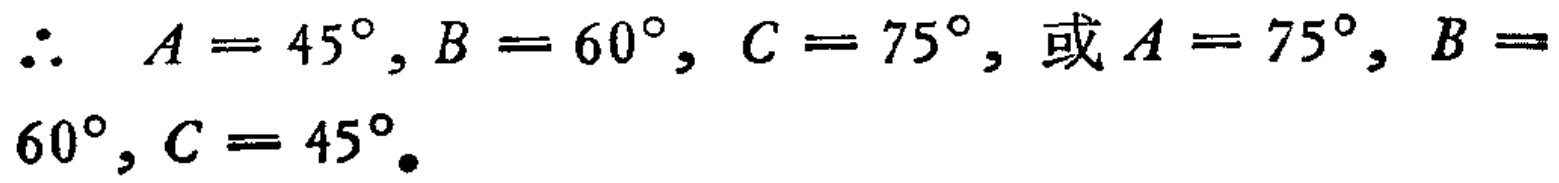
\(\therefore\ A = 45^{\circ}, B = 60^{\circ}, C = 75^{\circ}, \text{或}A = 75^{\circ}, B = 60^{\circ}, C = 45^{\circ}.\)